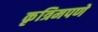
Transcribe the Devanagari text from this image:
कृत्रिमपणे